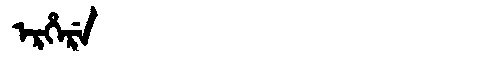
Manchu: ᡝᡵᡥᡝᡵᡝ
Romanization: ERHERE